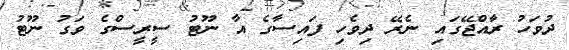
ދުވަހު ރާއްޖޭގައި ނެރޭ ދިވެހި ފައިސާގެ އާ ނޫޓު ސީރީސްގެ ވަގު ނޫޓު